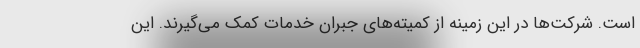
است. شرکت‌ها در این زمینه از کمیته‌های جبران خدمات کمک می‌گیرند. این